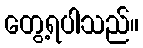
တွေ့ရပါသည်။